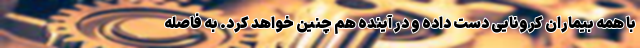
با همه بیماران کرونایی دست داده و در آینده هم چنین خواهد کرد. به فاصله